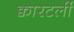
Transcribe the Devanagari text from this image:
क्वारटर्ली